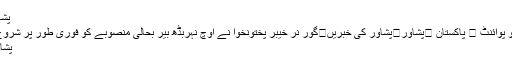
پشاور
اُردو پوائنٹ ⬅ پاکستان ⬅پشاور⬅پشاور کی خبریں⬅گور نر خیبر پختونخوا نے اوچ نہربڈھ بیر بحالی منصوبے کو فوری طور پر شروع ..
پشاور۔